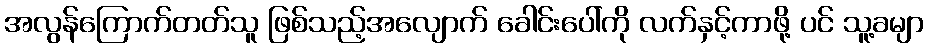
အလွန်ကြောက်တတ်သူ ဖြစ်သည့်အလျောက် ခေါင်းပေါ်ကို လက်နှင့်ကာဖို့ ပင် သူ့ခမျာ